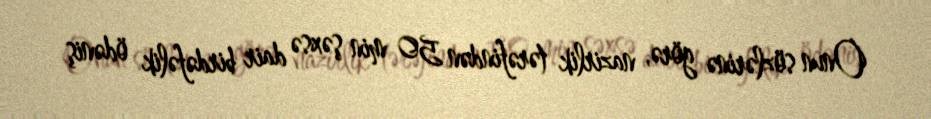
Onun sözlərinə görə, nazirlik tərəfindən 50 min şəxsə dair birdəfəlik ödəniş